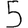
Digit: 5